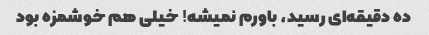
ده دقیقه‌ای رسید، باورم نمیشه! خیلی هم خوشمزه بود